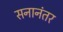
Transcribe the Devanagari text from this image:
सनानंतर